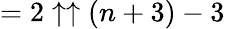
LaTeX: =2\uparrow\uparrow(n+3)-3